Vaccination North-Western Provinces 1866-1877 - 1866-1877
Year: 1866
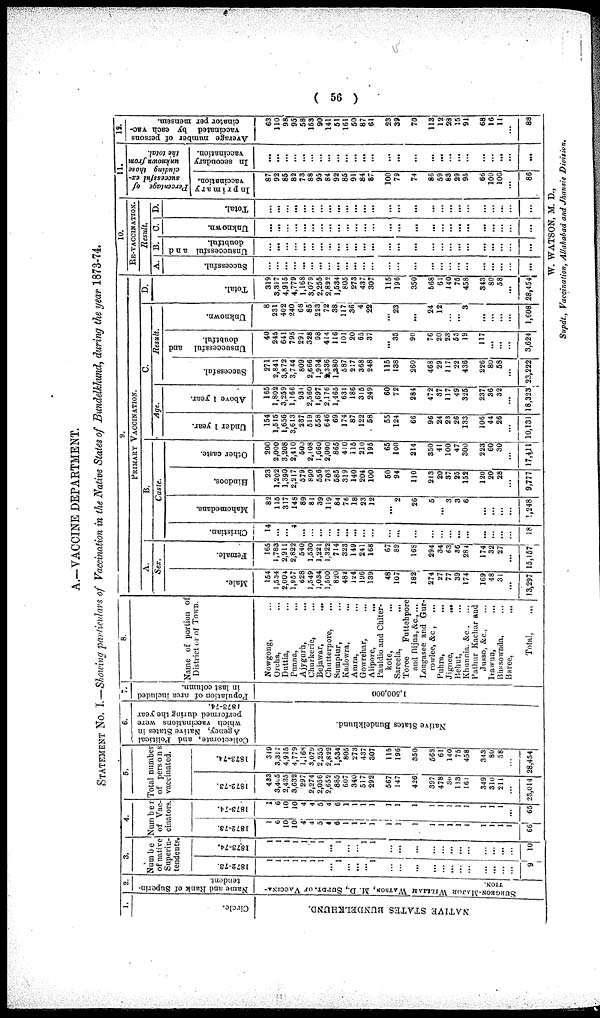
( 56 )
A.—VACCINE DEPARTMENT.
STATEMENT No. I.—Showing particulars of Vaccination in the Native States of Bundelkhund, during the year 1873-74.
1.
Circle.
NATIVE S TATES B UNDE L KHUND.
2.
Name and Rank of Superin-
tendent.
S
URGE ON-MAJOR WILLIAN WATSON, M. D., SUPDT. OF VACCINA-
TI ON.
3.
Numbe
of native
Superin-
tendents
1872-73.
1
1
1
1
1
1
1
...
1
...
...
...
1
...
...
...
...
...
...
...
...
...
...
...
9
1873-74.
1
1
1
1
1
1
1
...
1
...
...
1
1
...
...
...
...
...
...
...
...
...
...
...
...
10
4.
Number
of Vac-
cinators
1872-73.
1
6
10
10
4
4
5
4
6
1
1
1
1
1
1
1
1
1
1
1
1
1
1
1
1
66
1873-74.
1
6
10
10
4
4
5
4
6
1
1
1
1
1
1
1
1
1
1
1
1
1
1
1
...
65
5.
Total number
of persons
vaccinated.
1872-73.
433
3,405
2,435
3,632
297
2,274
2,056
2,652
885
607
340
517
292
567
147
426
397
478
30
113
161
349
310
211
...
23,014
1873-74.
319
3,317
4,915
4,779
1,168
3,079
2,255
2,822
1,534
805
273
437
307
115
196
350
568
61
140
75
458
343
80
58
...
28,454
6.
Collectorate, and Political
Agency, Native States in
which vaccinations were
performed during the year
1873-74.
Nat i
ve St at es Bunde lkhund.
7.
Population of area included
in last column.
1, 500, 000
8.
Name of portion of
District or of Town.
Nowgoug, ...
Orcha, ...
Duttia, ...
Punna, ...
Ajygurh, ...
Churkerie, ...
Bejawar,
...
Chutterpore, ...
Sumptur, ...
Kadowra, ...
Antra, ...
Gowrehar,
...
Alipore,
...
Pauldio and Chiterkote, ...
Sareela,
...
Toree
Futtehpore
and Bijna, &c, ...
Lougasee and Gurrowlee, &c, ...
Puhra,
...
Jignee,
...
Behut, ...
Khannia.
&c. ...
Pathur Kachar and
Jusso, &c, ...
Irawun, ...
Bhasownda, ...
Baree, ...
Total, ...
9.
PRIMARY VACCINATION.
A.
Sex.
Male.
154
1,534
2,004
1,957
628
1,549
1,034
1,600
820
482
124
196
139
48
107
182
274
27
77
39
174
169
48
31
...
13,297
Female.
165
1,783
2,911
2,822
540
1,530
1,221
1,322
714
323
149
241
168
67
89
168
294
34
63
36
284
174
32
27
...
15,157
B.
Caste.
Christian.
14
...
...
4
...
...
...
...
...
...
...
...
...
...
...
...
...
...
...
...
...
...
...
...
...
...
Mahomedans.
82
115
317
148
89
81
39
119
84
76
18
23
12
...
2
26
5
...
3
3
6
...
...
...
...
1,248
Hindoos.
23
1,202
1,390
2,217
579
890
556
703
585
319
140
204
100
50
94
110
213
20
37
25
152
120
20
28
...
9,777
Other caste.
200
2,000
3,208
2,410
500
2,108
1,660
2,000
865
410
115
210
195
65
100
214
350
41
100
47
300
223
60
30
...
17,411
C.
Age.
Under 1 year.
154
1,515
1,656
3,613
237
519
558
646
69
174
87
122
58
55
124
66
96
24
23
26
133
106
44
26
...
10,131
Above 1 year.
165
1,802
3,259
1,166
931
2,560
1,697
2,176
1,465
631
186
315
249
60
72
284
472
37
117
49
325
237
36
32
...
18,323
Result.
Successful.
271
2,841
3,872
3,744
809
2,666
1,934
2,336
1,380
587
217
368
248
115
138
260
468
29
117
22
436
226
80
58
...
23,222
Unsuccessful
and
doubtful.
40
245
641
795
291
328
98
414
116
101
20
65
37
...
35
90
76
20
23
53
19
117
...
...
...
3,624
Unknown.
8
231
402
240
68
85
223
72
38
117
36
4
22
...
23
...
24
12
...
...
3
...
...
...
...
1,608
D.
Total.
319
3,317
4,915
4,779
1,168
3,079
2,255
2,822
1,534
805
273
437
307
115
196
350
668
61
140
75
458
343
80
58
...
28,454
10.
RE-VACCINATION.
Result.
A.
Successful.
...
...
...
...
...
...
...
...
...
...
...
...
...
...
...
...
...
...
...
...
...
...
...
...
...
...
B.
Unsuccessful
and
doubtful.
...
...
...
...
...
...
...
...
...
...
...
...
...
...
...
...
...
...
...
...
...
...
...
...
...
...
...
C.
Unknown.
...
...
...
...
...
...
...
...
...
...
...
...
...
...
...
...
...
...
...
...
...
...
...
...
...
...
D.
Total.
...
...
...
...
...
...
...
...
...
...
...
...
...
...
...
...
...
...
...
...
...
...
...
...
...
...
11.
Percentage of
successful ex-
cluding those
unknown from
the total.
In primary
vaccination.
87
92
85
82
73
88
95
84
92
85
91
84
87
100
79
74
86
59
83
29
96
66
100
100
...
86
In secondary
vaccination.
...
...
...
...
...
...
...
...
...
...
...
...
...
...
...
...
...
...
...
...
...
...
...
...
...
...
12.
Average number of persons
vaccinated by each vac-
cinator per mensem.
63
110
98
95
58
163
90
141
51
161
50
87
61
23
39
70
113
12
28
15
91
68
16
11
...
88
W. WATSON, M. D.,
Supdt., Vaccination, Allahabad and Jhansie Division.